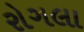
રોગલા